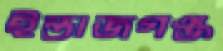
ইন্তাজগঞ্জ